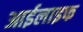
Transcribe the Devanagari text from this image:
आईलाइफ